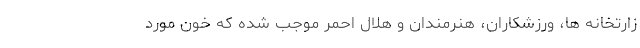
زارتخانه ها، ورزشکاران، هنرمندان و هلال احمر موجب شده که خون مورد